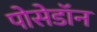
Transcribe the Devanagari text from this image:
पोसेडॉन